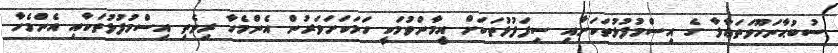
ސުބުޙާނަހޫވަތަޢާލާ ގެ އިސްމުފުޅުތަކަށާއި ސިފަފުޅުތަކަށް އީމާންވުމަކީ ހަމަކަށަވަރުން އެންމެހާ ރިވެތި އިސްމުފުޅުތަކާއި އެންމެހާ